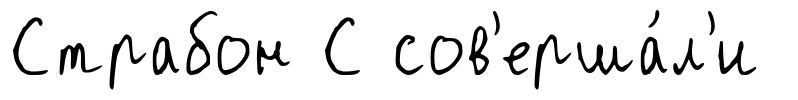
Страбон С сов'ерша́л'и